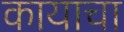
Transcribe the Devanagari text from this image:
कायाचा